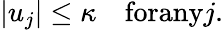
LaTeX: \vert u_{j}\vert\le\kappa\quad\textrm{forany}j.